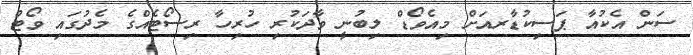
ސަން އެކުއާ ޕަސިކުޑާރއަށް މިއެވޯޑް ލިބުނީ ވާދަކުރި ހުރިހާ ރިސޯޓެއްގެ މެދުގައި ވޯޓް